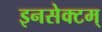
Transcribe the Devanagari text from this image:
इनसेक्टम्‌